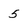
Character: 5